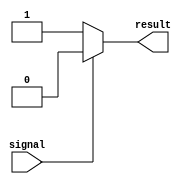
module Generate_Conditional_Assignment (
    input signal,
    output reg result
);

always @* begin
    if (signal == 1'b1) begin
        result = 1'b0;
    end else begin
        result = 1'b1;
    end
end

endmodule